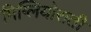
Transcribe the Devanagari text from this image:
मिग्लियोराती